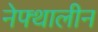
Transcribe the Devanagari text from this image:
नेफ्थालीन